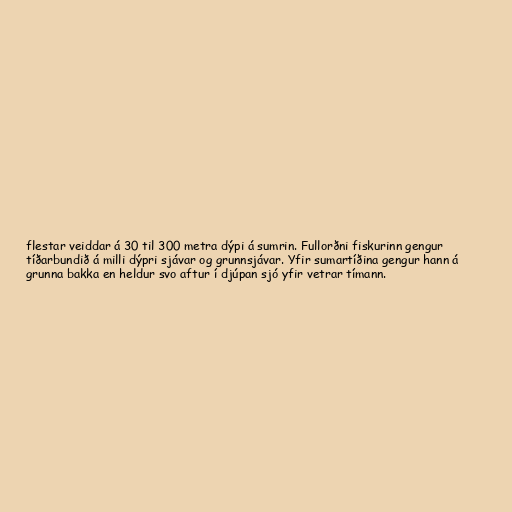
flestar veiddar á 30 til 300 metra dýpi á sumrin. Fullorðni fiskurinn gengur
tíðarbundið á milli dýpri sjávar og grunnsjávar. Yfir sumartíðina gengur hann á
grunna bakka en heldur svo aftur í djúpan sjó yfir vetrar tímann.